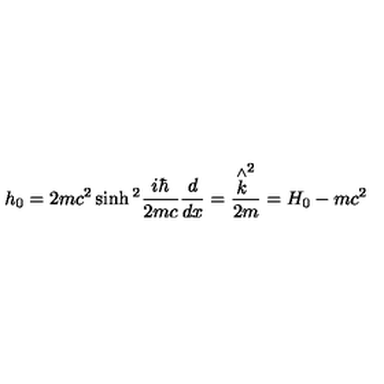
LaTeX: h _ { 0 } = 2 m c ^ { 2 } \sinh { } ^ { 2 } \frac { i \hbar } { 2 m c } \frac d { d x } = \frac { \stackrel { \wedge } { k } ^ { 2 } } { 2 m } = H _ { 0 } - m c ^ { 2 }